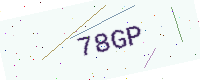
Text: 78GP